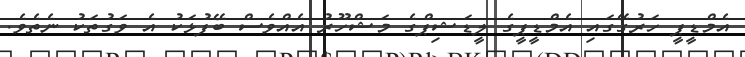
އެމްޑީޕީ ހަރުގޭގައި އެމްޑީޕީގެ ލީޑަޝިޕްގެ މަޝްހޫރު އެއްވެސް ބޭފުޅަކު އެ ވަގުތަކު ނެތެވެ.